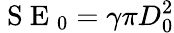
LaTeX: \mathrm{~S~E~}_{0}=\gamma\pi D_{0}^{2}